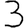
Digit: 3